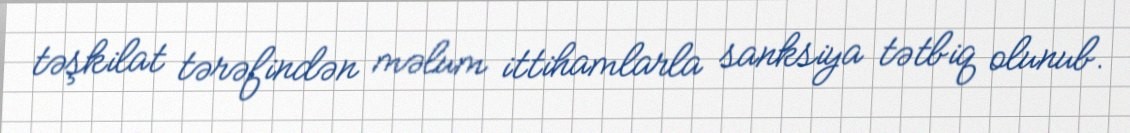
təşkilat tərəfindən məlum ittihamlarla sanksiya tətbiq olunub.